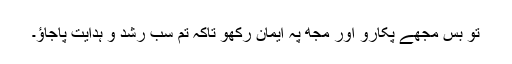
تو بس مجھے پکارو اور مجھ پہ ایمان رکھو تاکہ تم سب رشد و ہدایت پاجاؤ۔